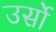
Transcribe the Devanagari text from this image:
उर्सो